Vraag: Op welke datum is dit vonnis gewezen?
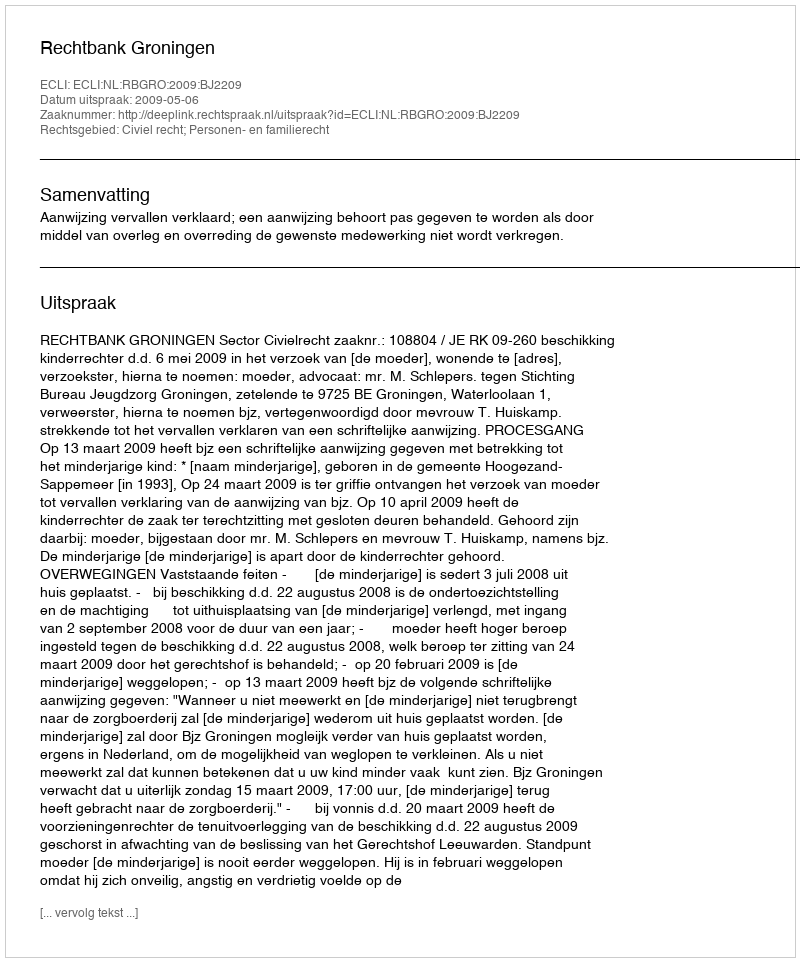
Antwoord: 2009-05-06